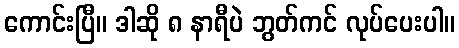
ကောင်းပြီ။ ဒါဆို ၈ နာရီပဲ ဘွတ်ကင် လုပ်ပေးပါ။